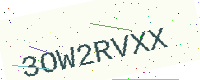
Text: 3OW2RVXX